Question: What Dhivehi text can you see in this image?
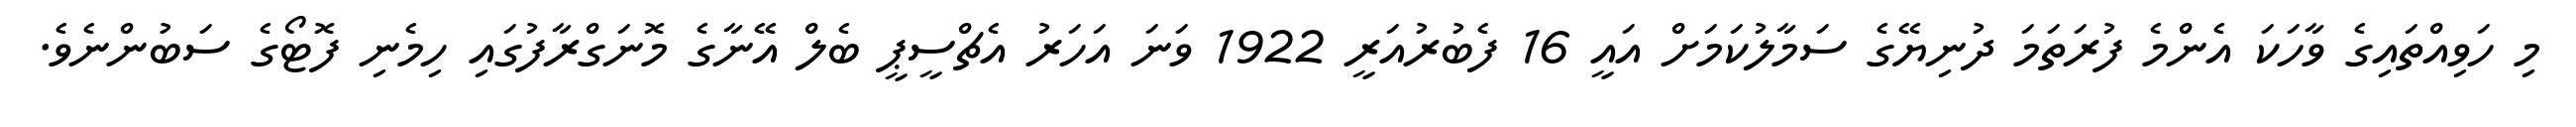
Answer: މި ހަވިއްތައިގެ ވާހަކަ އެންމެ ފުރަތަމަ ދުނިޔޭގެ ސަމާލުކަމަށް އައީ 16 ފެބުރުއަރީ 1922 ވަނަ އަހަރު އެޗްސީޕީ ބެލް އޭނާގެ މޮނަގްރާފުގައި ހިމެނި ފޮޓޯގެ ސަބުންނެވެ.